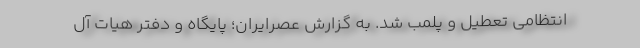
انتظامى تعطیل و پلمب شد. به گزارش عصرایران؛ پايگاه و دفتر هيات آل